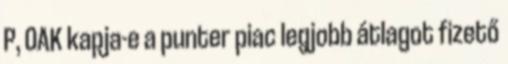
P, OAK kapja-e a punter piac legjobb átlagot fizető